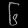
Digit: ၆